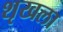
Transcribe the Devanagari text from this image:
शृखला